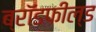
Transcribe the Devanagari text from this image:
ब्रॉडफील्ड